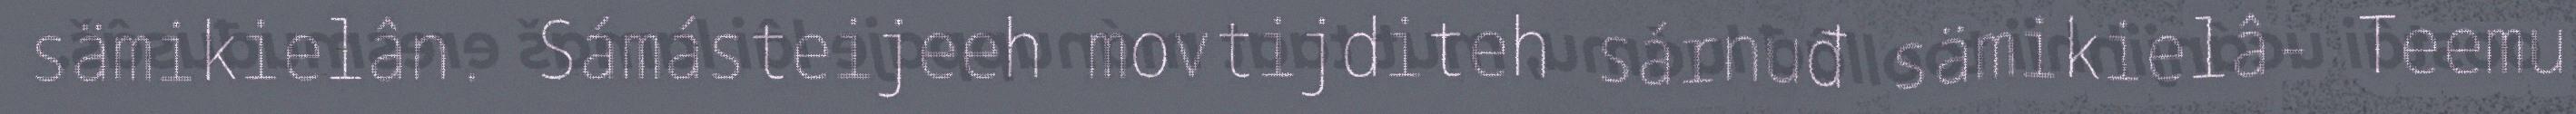
sämikielân. Sámásteijeeh movtijditeh sárnuđ sämikielâ- Teemu